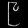
Digit: ၉